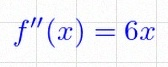
f''(x)=6x